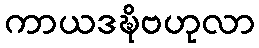
ကာယဒဍ္ဎိဗဟုလာ